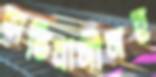
অভিবাসীসহ